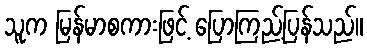
သူက မြန်မာစကားဖြင့် ပြောကြည့်ပြန်သည်။